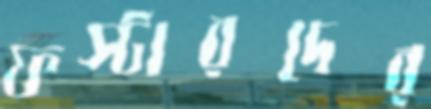
ফস্টারদের